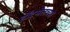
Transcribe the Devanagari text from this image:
हॉटमेलच्या